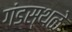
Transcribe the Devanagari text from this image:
गंडस्थळे